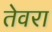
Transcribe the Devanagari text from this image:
तेवरा